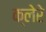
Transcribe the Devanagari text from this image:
क्लेरे